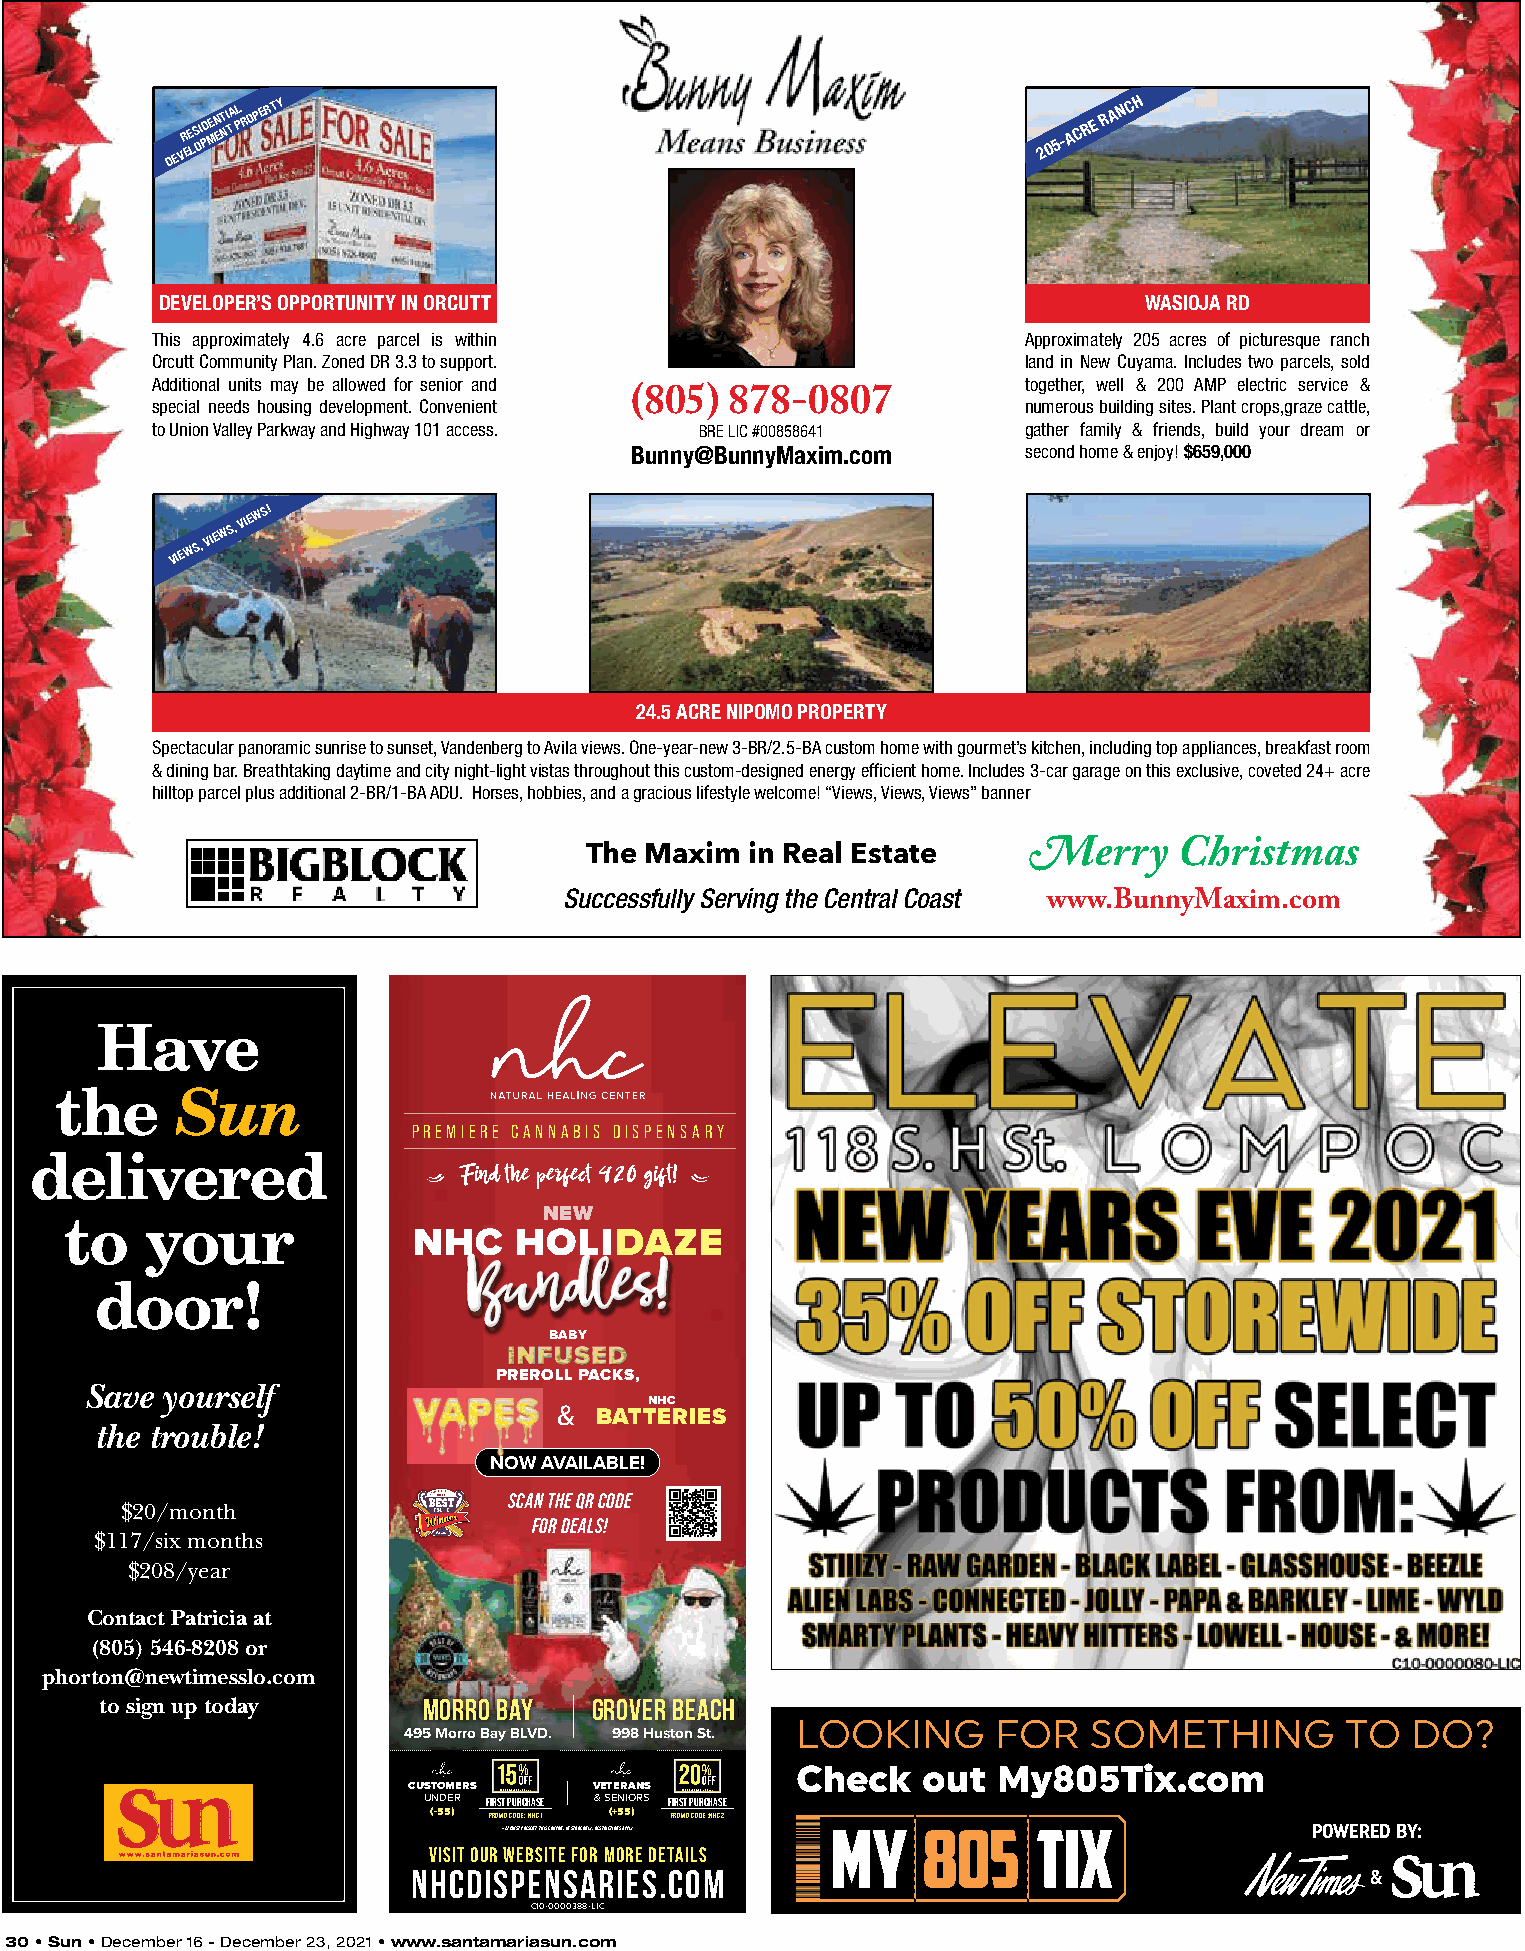
DEVR EE LS OI PD MEN ET NI TA L P ROPERTY
 2 0
 5-A C R E R A N C H
 30
 DEVELOPER’S OPPORTUNITY IN ORCUTT                                WASIOJA RD
 This approximately 4.6 acre parcel is within              Approximately 205 acres of picturesque ranch
 Orcutt Community Plan. Zoned DR 3.3 to support.           land in New Cuyama. Includes two parcels, sold
 Additional units may be allowed for senior and            together, well & 200 AMP electric service &
 special needs housing development. Convenient (805) 878-0807 numerous building sites. Plant crops,graze cattle,
 to Union Valley Parkway and Highway 101 access. BRE LIC #00858641 gather family & friends, build your dream or
 Bunny@BunnyMaxim.com      second home & enjoy! $659,000
 VIEWS,
 VIEWS,
 VIEWS!
 24.5 ACRE NIPOMO PROPERTY
 Spectacular panoramic sunrise to sunset, Vandenberg to Avila views. One-year-new 3-BR/2.5-BA custom home with gourmet’s kitchen, including top appliances, breakfast room
 & dining bar. Breathtaking daytime and city night-light vistas throughout this custom-designed energy efficient home. Includes 3-car garage on this exclusive, coveted 24+ acre
 hilltop parcel plus additional 2-BR/1-BA ADU. Horses, hobbies, and a gracious lifestyle welcome! “Views, Views, Views” banner
 The Maxim  in Real Estate    Merry     Christmas
 Successfully Serving the Central Coast
 www.BunnyMaxim.com
 Have
 the     Sun
 PREMIERE CANNABIS DISPENSARY
 delivered
 Find the perfect 420 gift!
 to    your                      NEW
 NHC    HOLIDAZE
 Bundles!
 door!
 VAPES
 BABY
 PREROLL PACKS,
 Save yourself
 NHC
 & BATTERIES
 the trouble!
 NOW AVAILABLE!
 SCAN THE QR CODE
 $20/month
 FOR DEALS!
 $117/six months
 $208/year
 Contact Patricia at
 (805) 546-8208 or
 phorton@newtimesslo.com
 to sign up today     Morro bay  GroVer beach
 LOOKING      FOR   SOMETHING        TO  DO?
 495 Morro Bay BLVD. 998 Huston St.
 Check   out  My805Tix.com
 CU UST NO DM ERERS FIRSre Tst r Pict Uion Rs a Cppl Hy*
 ASE
 V &E ST EE NR IOAN RSS FIRSre Tst r Pict Uion Rs a Cppl Hy*
 ASE
 (-55) Promo Code: NHC1 (+55) Promo Code: NHC2
 +21 MUST PRESENT THIS COUPON. IN STORE ONLY. RESTRICTIONS APPLY POWERED BY:
 VISIT OUR WEBSITE FOR MORE DETAILS
 nhcdispensaries.com                                             &
 C10-0000388-LIC
 30 • Sun • December 16 - December 23, 2021 • www.santamariasun.com